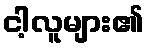
ငါ့လူများ၏